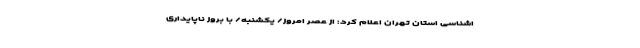
اشناسی استان تهران اعلام کرد: از عصر امروز/ یکشنبه/ با بروز ناپایداری